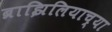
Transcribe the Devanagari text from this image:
ब्राझिलियाच्या